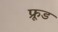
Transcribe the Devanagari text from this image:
फ्रूड